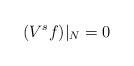
LaTeX: \begin{align*}(V^s f)|_N=0\end{align*}